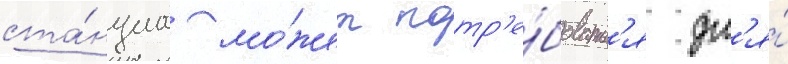
ста́нциа мо́жет потр'е́боватьс'я дл'я́